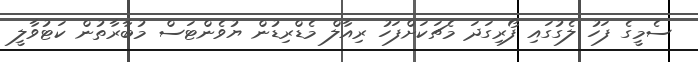
ސެމީގެ ފަހު ލެގުގައި ފޯރިގަދަ މެޗަކަށްފަހު ރިއާލް މެޑްރިޑުން ޔުވެންޓަސް މުބާރާތުން ކަޓުވާލީ